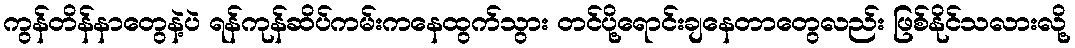
ကွန်တိန်နာတွေနဲ့ပဲ ရန်ကုန်ဆိပ်ကမ်းကနေထွက်သွား တင်ပို့ရောင်းချနေတာတွေလည်း ဖြစ်နိုင်သလားလို့